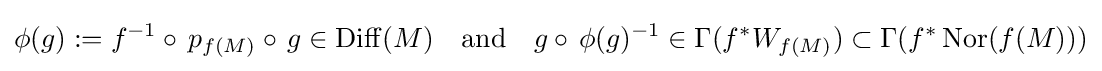
\phi (g):=f^{-1}\circ \,p_{f(M)}\circ \,g\in \operatorname {Diff} (M)\quad {\text{and}}\quad g\circ \,\phi (g)^{-1}\in \Gamma (f^{*}W_{f(M)})\subset \Gamma (f^{*}\operatorname {Nor} (f(M)))